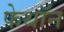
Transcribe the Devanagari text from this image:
फेथॉन